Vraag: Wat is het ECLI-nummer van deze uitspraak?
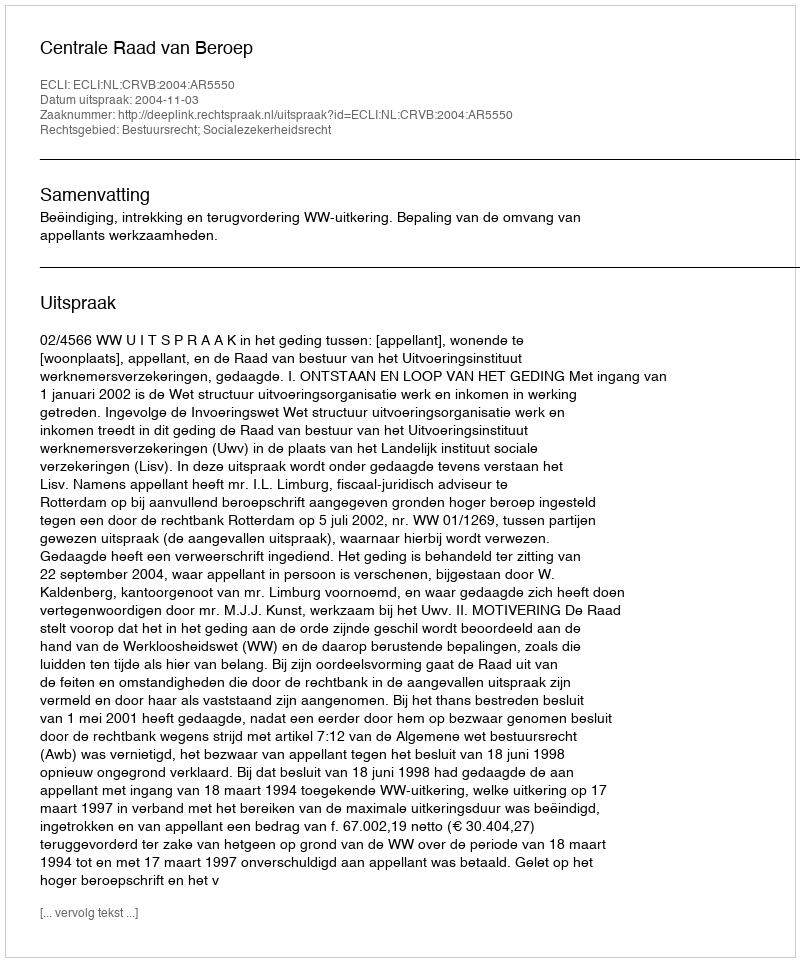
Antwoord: ECLI:NL:CRVB:2004:AR5550